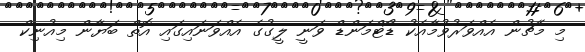
މި މެޗުން އެއްވަރުވުމާއެކު ޑޯޓްމަންޑް ވަނީ ލީގުގެ އެއްވަނައިގައި އޮތް ބަޔާން މިއުނިކް